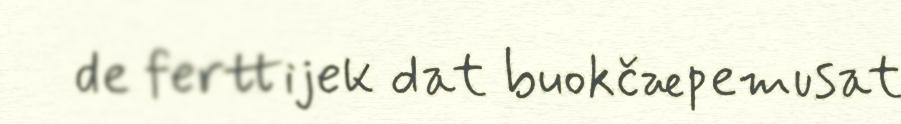
de ferttijek dat buokčæpemusat